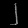
Digit: ၂